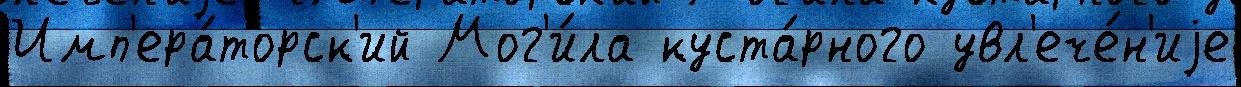
Имп'ера́торск'ий Мог'и́ла куста́рного увл'ече́н'иjе